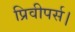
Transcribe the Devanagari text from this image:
प्रिवीपर्स।